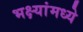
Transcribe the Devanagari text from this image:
भक्ष्यांमध्ये